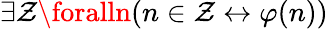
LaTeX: \exists\mathcal{Z}\foralln(n\in\mathcal{Z}\leftrightarrow\varphi(n))